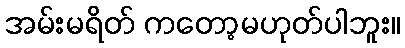
အမ်းမရိတ် ကတော့မဟုတ်ပါဘူး။